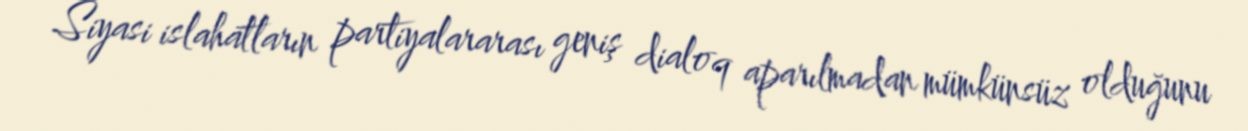
Siyasi islahatların partiyalararası geniş dialoq aparılmadan mümkünsüz olduğunu